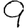
Digit: 9